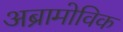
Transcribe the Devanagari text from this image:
अब्रामोविक